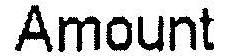
AMOUNT